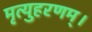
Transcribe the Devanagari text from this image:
मृत्युहरणम्‌।